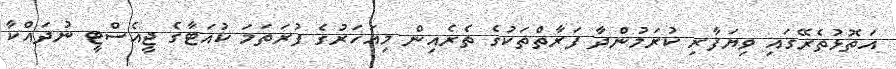
އަތޮޅުތެރޭގައި ވިޔަފާރި ކުރަމުންދާ ފަރާތްތަކުގެ ތެރެއިން މިއަހަރުގެ ފުރަތަމަ ކުއަޓާގެ ޖީއެސްޓީ ނުދައްކާ